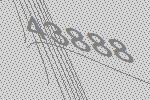
43888